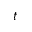
t